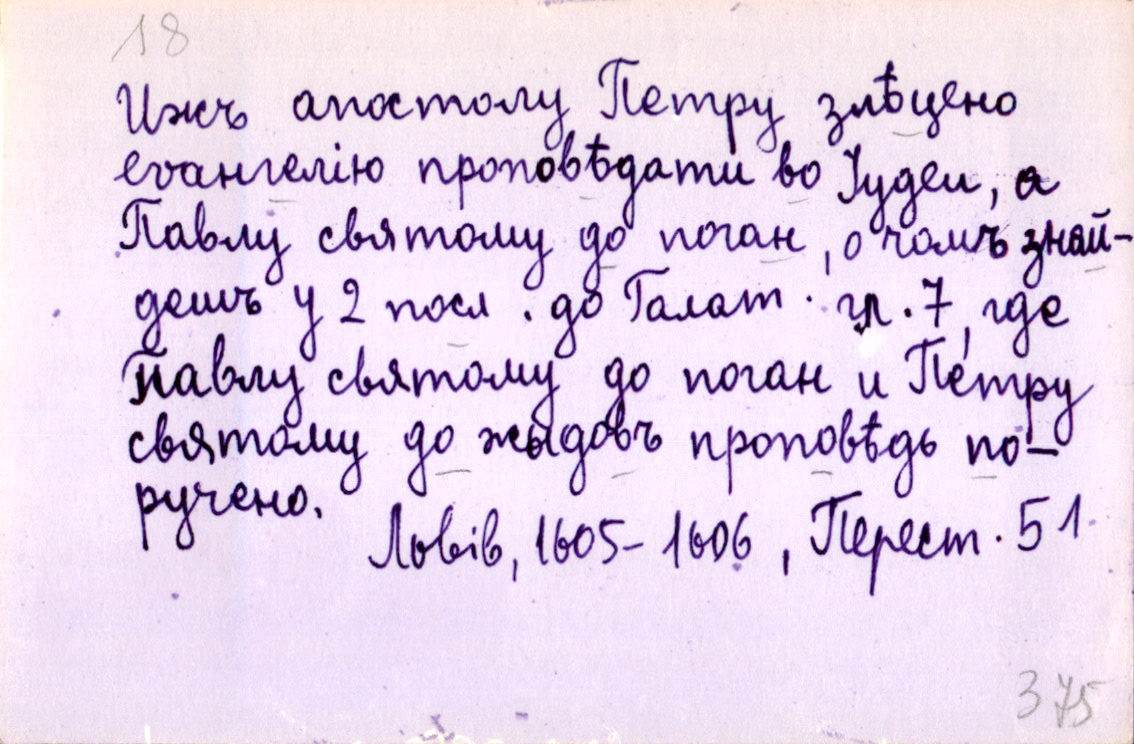
Ижъ апостолу Петру злѣцено
еѵангелію проповѣдати во Іудеи, а
Павлу святому до поган, о чомъ знай-
дешъ у 2 посл. до Галат. гл. 7, где
Павлу святому до поган и Петру
святому до жыдовъ проповѣдь по-
ручено.
Львів, 1605-1606, Перест. 51